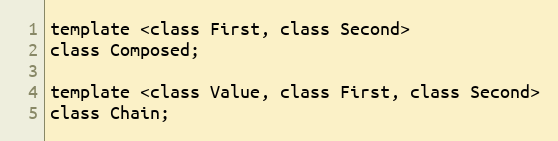
Language: C
template <class First, class Second>
class Composed;

template <class Value, class First, class Second>
class Chain;